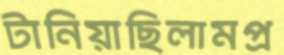
টানিয়াছিলামপ্র